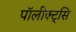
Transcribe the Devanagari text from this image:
पॉलीक्ट्सि